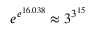
e ^ { e ^ { 1 6 . 0 3 8 } } \approx 3 ^ { 3 ^ { 1 5 } }